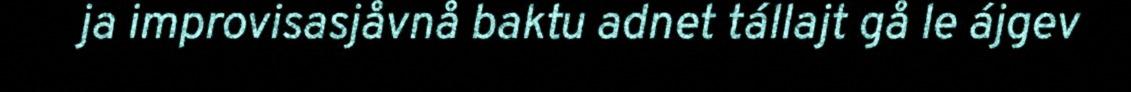
ja improvisasjåvnå baktu adnet tállajt gå le ájgev